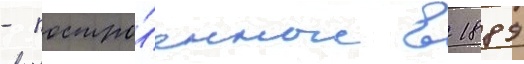
- постро́енные в 1889